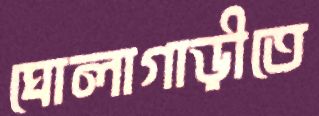
ঘোলাগাড়ীতে